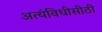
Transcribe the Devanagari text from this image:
अत्यंविधीसीठी